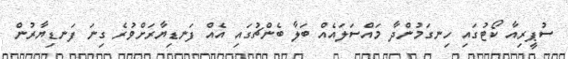
ސުޕީރިއާ ކޯޓުގައި ހިނގަމުންދާ މައްސަލައެއް ބަލާ ބެންޗުގައި އެއް ފަނޑިޔާރަށްވުރެ ގިނަ ފަނޑިޔާރުން